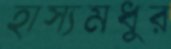
হাস্যমধুর